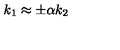
k _ { 1 } \approx \pm \alpha k _ { 2 }